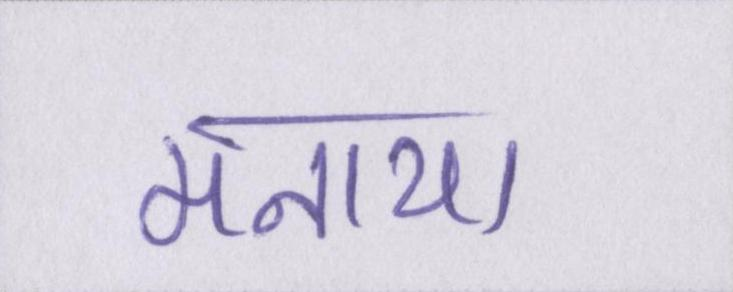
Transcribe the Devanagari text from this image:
मनाया